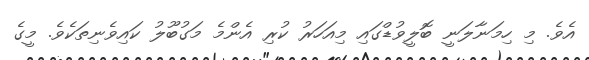
އެވެ. މި ހިމަނާލަނީ ބޮލީވުޑްގައި މިއަހަރު ކުރި އެންމެ މަގުބޫލު ކައިވެނިތަކެވެ. މީގެ